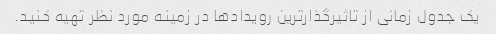
یک جدول زمانی از تاثیرگذارترین رویدادها در زمینه مورد نظر تهیه کنید.